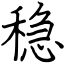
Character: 稳